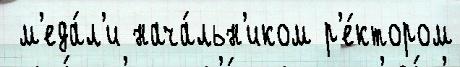
 м'еда́л'и нача́льн'иком р'е́ктором